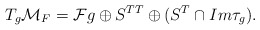
\begin{align*}T_g{\cal M}_F={\cal F}g\oplus S^{TT}\oplus (S^T\cap Im\tau_g).\end{align*}